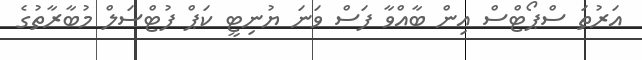
އަރުތަ ސްޕޯޓްސް އިން ބާއްވާ ފަސް ވަނަ ޔުނިޓީ ކަޕް ފުޓްސަލް މުބާރާތުގެ